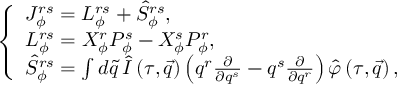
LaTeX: \left\{ \begin{array} { l } { { J _ { \phi } ^ { r s } = L _ { \phi } ^ { r s } + { \hat { S } } _ { \phi } ^ { r s } , } } \\ { { L _ { \phi } ^ { r s } = X _ { \phi } ^ { r } P _ { \phi } ^ { s } - X _ { \phi } ^ { s } P _ { \phi } ^ { r } , } } \\ { { { \hat { S } } _ { \phi } ^ { r s } = \int d \tilde { q } \, \hat { I } \left( \tau , \vec { q } \right) \left( q ^ { r } \frac \partial { \partial q ^ { s } } - q ^ { s } \frac \partial { \partial q ^ { r } } \right) \hat { \varphi } \left( \tau , \vec { q } \right) , } } \end{array} \right.